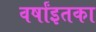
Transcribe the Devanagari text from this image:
वर्षांइतका